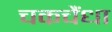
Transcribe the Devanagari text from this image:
चकचैंधा